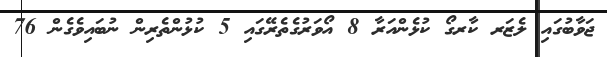
ޖަވާބުގައި ލެޒަރ ކާރގޯ ކުޅެންއަރާ 8 އޯވަރުގެތެރޭގައި 5 ކުޅުންތެރިން ނުބައިވެގެން 76